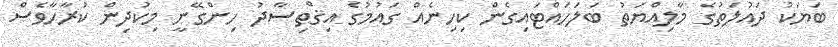
ބަޔަކު ދައުލަތުގެ މާލިއްޔަތު ބަލަހައްޓައިގެން ކިހިނެއް ގައުމުގެ އިޤްތިސާދު ހިންގޭނީ މިކުދިން ކުރާހާވެސް